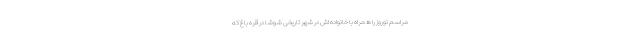
مراسم نوروز را همراه با خانواده اش در شهر تاریخی شوشا در قره باغ که